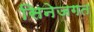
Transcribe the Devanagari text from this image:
सिनेजगत